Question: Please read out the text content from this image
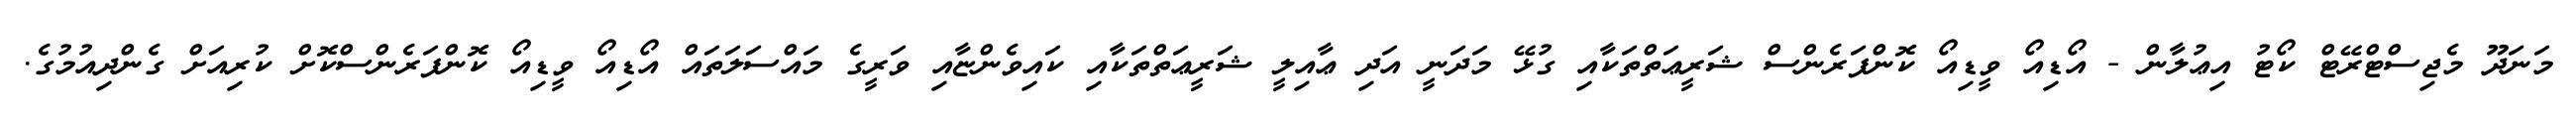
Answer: މަނަދޫ މެޖިސްޓްރޭޓް ކޯޓު އިޢުލާން - އޯޑިއޯ ވީޑިއޯ ކޮންފަރެންސް ޝަރީޢަތްތަކާއި ގުޅޭ މަދަނީ އަދި ޢާއިލީ ޝަރީޢަތްތަކާއި ކައިވެންޏާއި ވަރީގެ މައްސަލަތައް އޯޑިއޯ ވީޑިއޯ ކޮންފަރެންސްކޮށް ކުރިއަށް ގެންދިއުމުގެ.